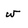
Character: w